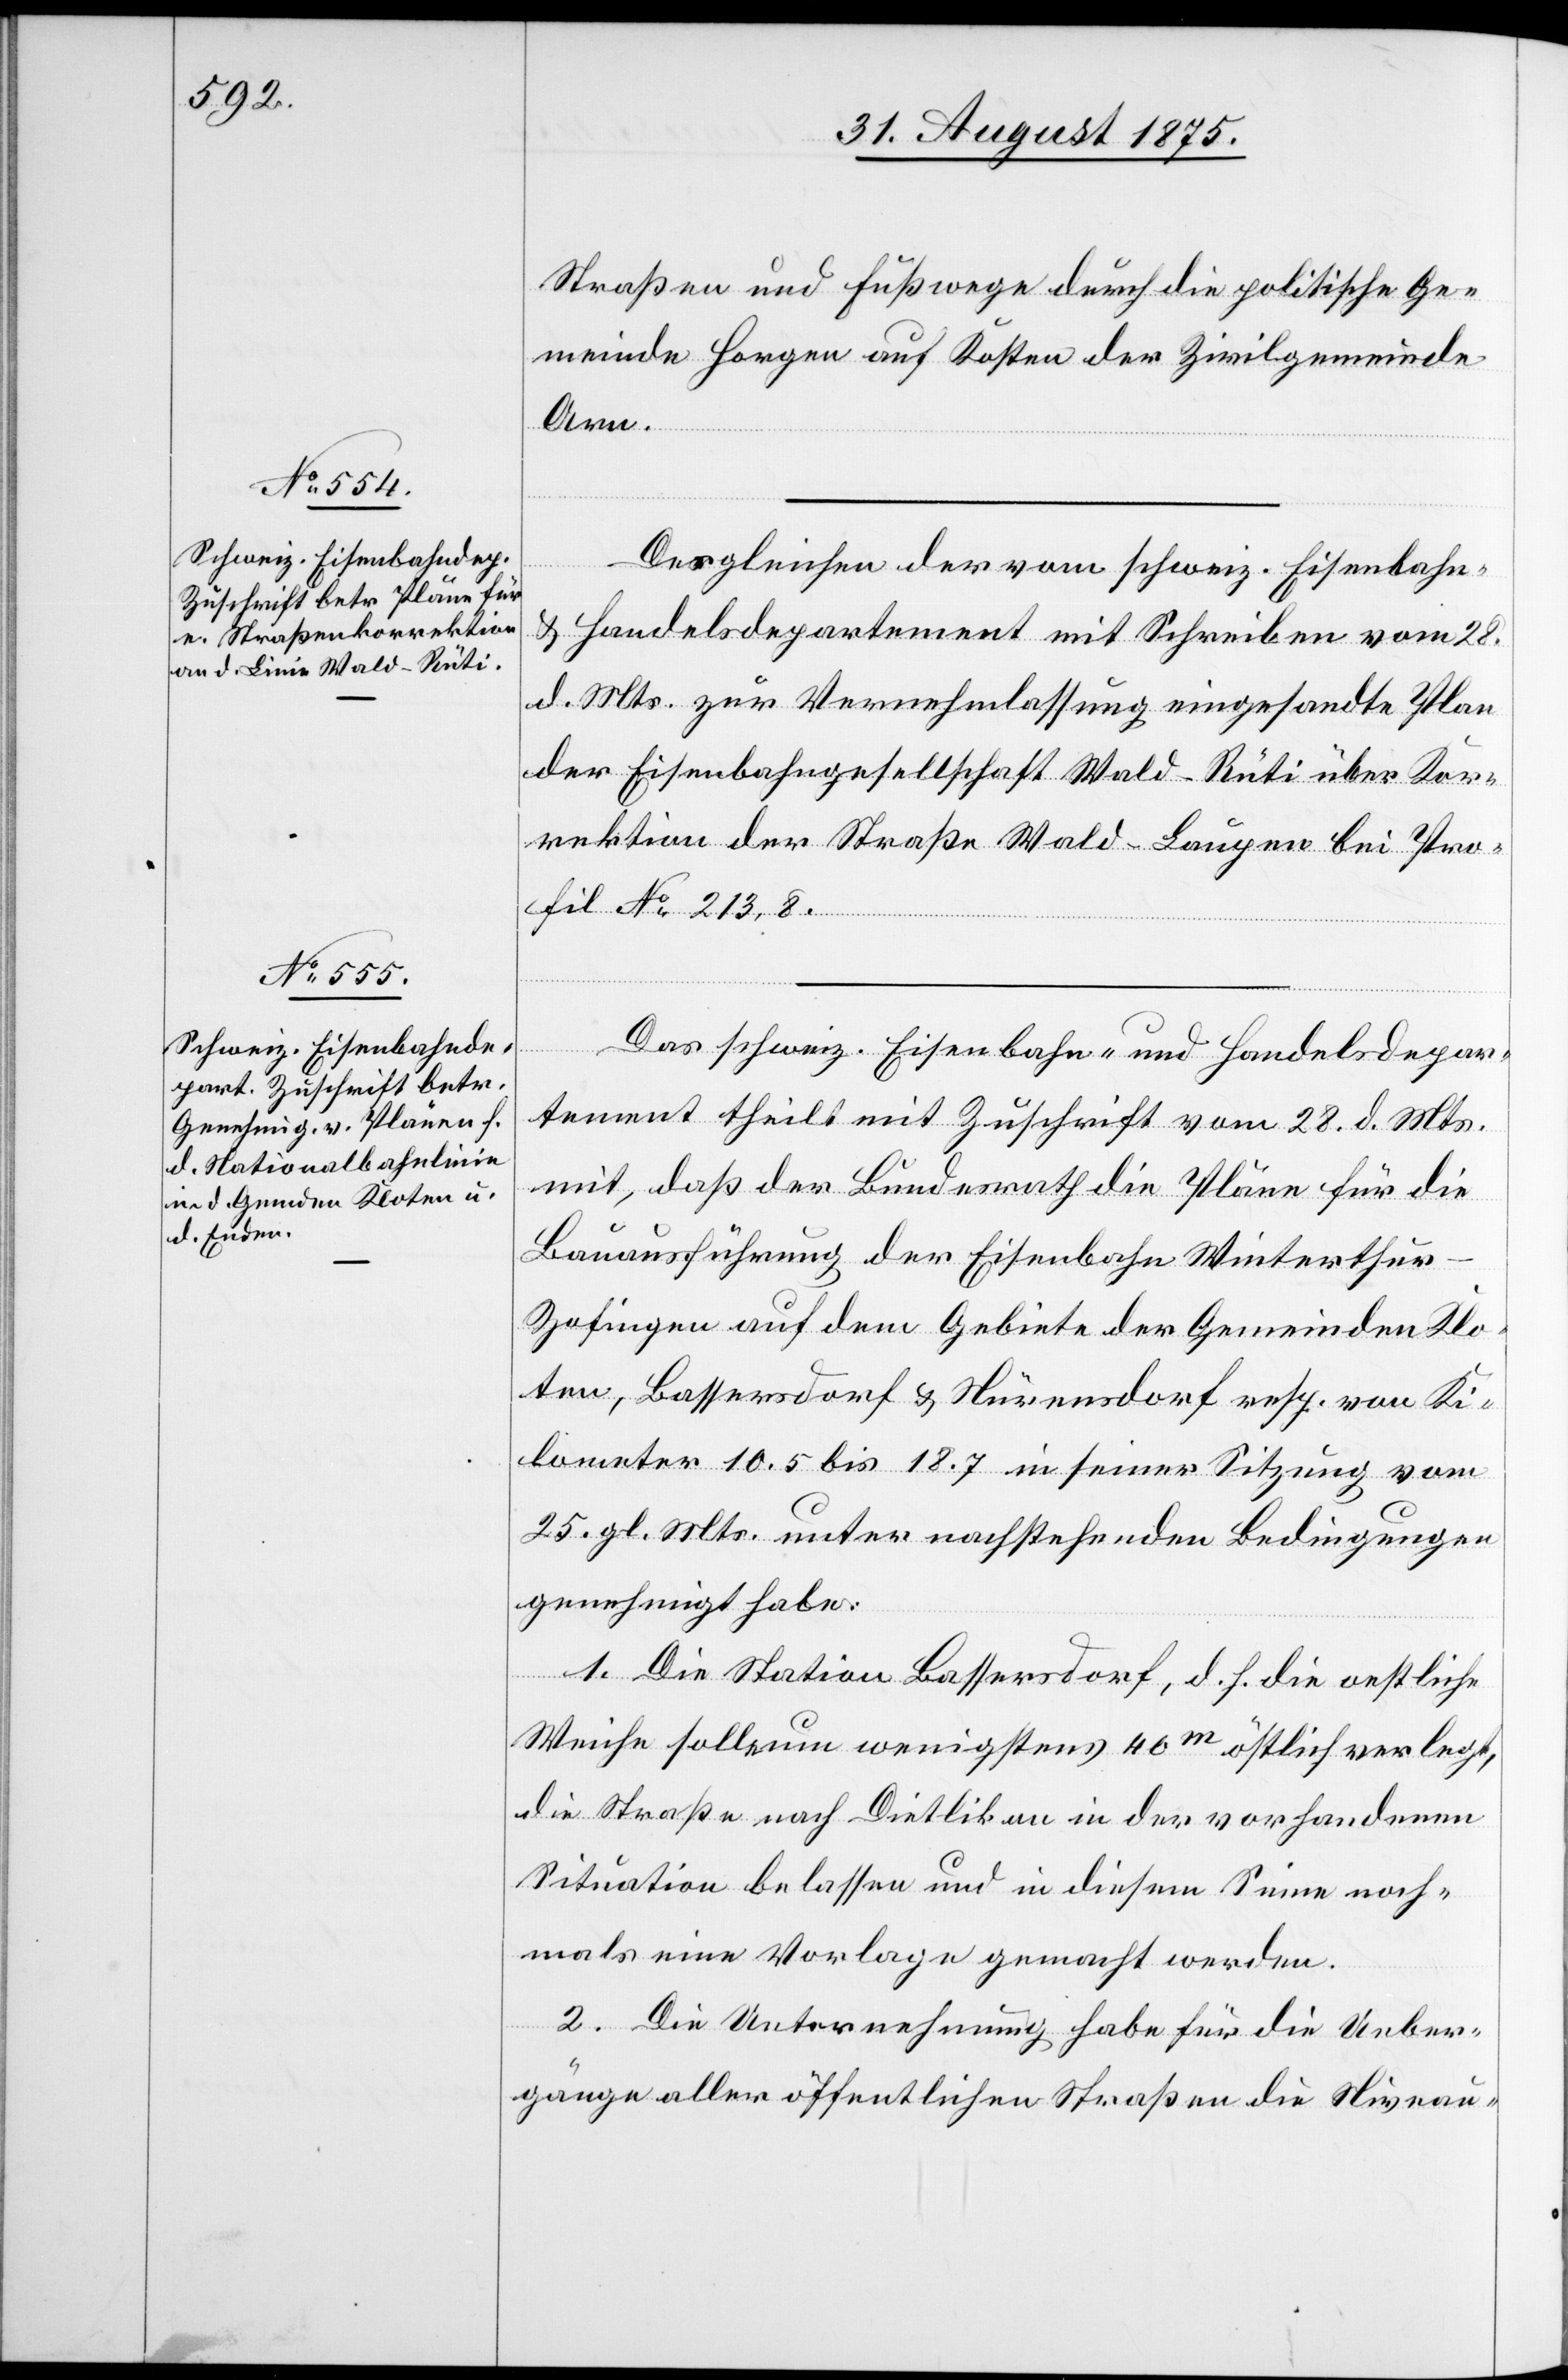
31. August 1875.]
Straßen und Fußwege durch die politische Ge¬
meinde Horgen auf Kosten der Zivilgemeinde
Arn.
Desgleichen der vom schweiz. Eisenbahn-
& Handelsdepartement mit Schreiben vom 28.
d. Mts. zur Vernehmlassung eingesandte Plan
der Eisenbahngesellschaft Wald–Rüti über Kor¬
rektion der Straße Wald–Laupen bei Pro¬
fil No 213,8.
Das schweiz. Eisenbahn- und Handelsdepar¬
tement theilt mit Zuschrift vom 28. d. Mts.
mit, daß der Bundesrath die Pläne für die
Bauausführung der Eisenbahn Winterthur–Z¬
ofingen auf dem Gebiete der Gemeinden Klo¬
ten, Bassersdorf & Nürensdorf resp. von Ki¬
lometer 10.5 bis 18.7 in seiner Sitzung vom
25. gl. Mts. unter nachstehenden Bedingungen
genehmigt habe.
1. Die Station Bassersdorf, d. h. die oestliche
Weiche solle um wenigstens 40m östlich verlegt,
die Straße nach Dietlikon in der vorhandenen
Situation belassen und in diesem Sinne noch¬
mals eine Vorlage gemacht werden.
2. Die Unternehmung habe für die Ueber¬
gänge aller öffentlichen Straßen die Niveau-